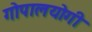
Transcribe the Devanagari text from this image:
गोपालयोगी